Leaving Certificate Examination, 1910
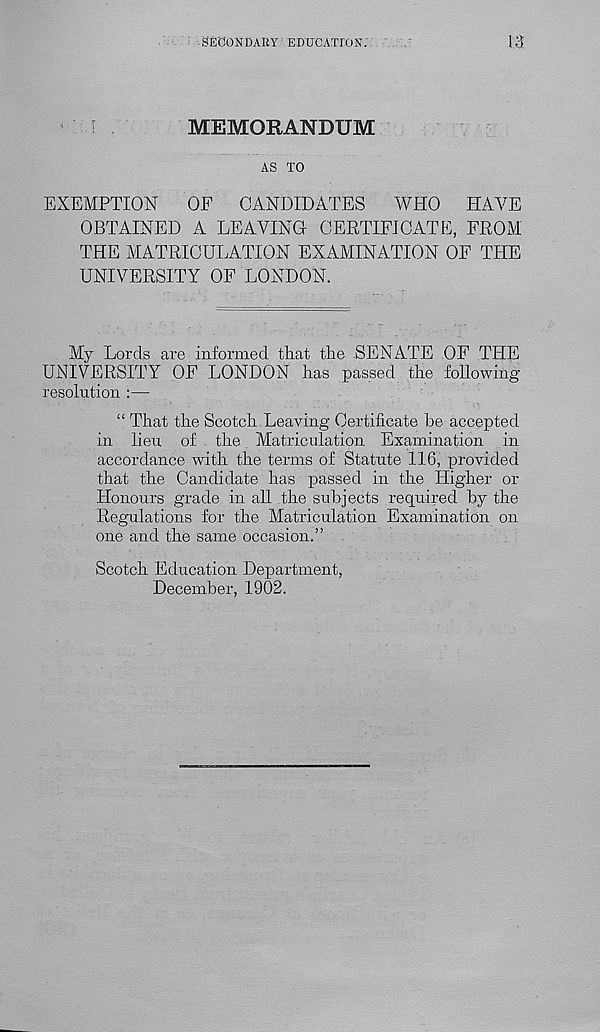
13
S'E'dON'DAUY EDUCATION'.
MEMORANDUM
AS TO
EXEMPTION
OF CANDIDATES WHO HAA^E
OBTAINED A LEAYINa CERTIFICATE, FROM
THE MATRICULATION EXAMINATION OF THE
UNIVERSITY OF LONDON.
My Lords are informed that the SENATE OF THE
UNIVERSITY OF LONDON has passed the foRowing
resolution :—
“ That the Scotch Leaving Certificate he accepted
in lieu of the Matriculation Examination in
accordance with the terms of Statute 116, provided
that the Candidate has passed in the Higher or
Honours grade in all the subjects required by the
Regulations for the Matriculation Examination on
one and the same occasion.”
Scotch Education Department,
December, 1902.